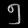
Digit: ၅